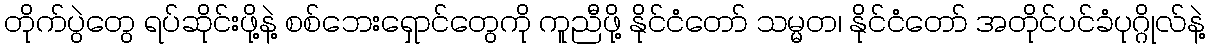
တိုက်ပွဲတွေ ရပ်ဆိုင်းဖို့နဲ့ စစ်ဘေးရှောင်တွေကို ကူညီဖို့ နိုင်ငံတော် သမ္မတ၊ နိုင်ငံတော် အတိုင်ပင်ခံပုဂ္ဂိုလ်နဲ့